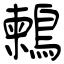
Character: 鶫